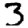
Digit: 3